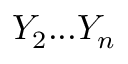
Y _ { 2 } . . . Y _ { n }